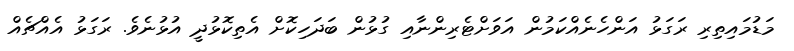
މަޑުމައިތިރި ރަގަޅު އަންހެނެއްކަމުން އަވަށްޓެރިންނާއި ގުޅުން ބަދަހިކޮށް އެތިކޮޅުދީ އުޅުނެވެ. ރަގަޅު އެއްޗެއް